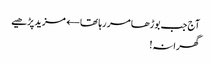
آج جب بوڑھا مر رہا تھا← مزید پڑھیے
گھرانہ!